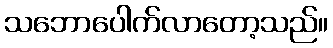
သဘောပေါက်လာတော့သည်။